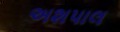
અશપાલ